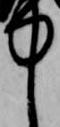
中